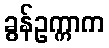
ခွန်ဥက္ကာက